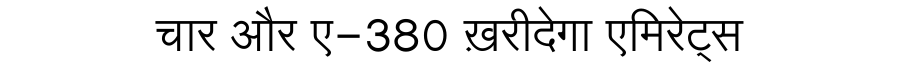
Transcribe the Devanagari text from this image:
चार और ए-380 ख़रीदेगा एमिरेट्स